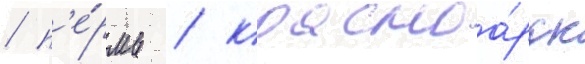
/ п'е́рмь / красноа́рск